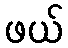
ဖယ်